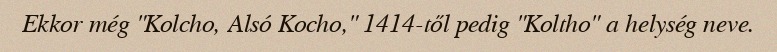
Ekkor még "Kolcho, Alsó Kocho," 1414-től pedig "Koltho" a helység neve.